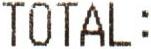
TOTAL: